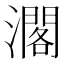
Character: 𤁐